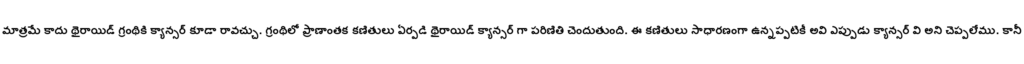
మాత్రమే కాదు థైరాయిడ్ గ్రంథికి క్యాన్సర్ కూడా రావచ్చు. గ్రంథిలో ప్రాణాంతక కణితులు ఏర్పడి థైరాయిడ్ క్యాన్సర్ గా పరిణితి చెందుతుంది. ఈ కణితులు సాధారణంగా ఉన్నప్పటికీ అవి ఎప్పుడు క్యాన్సర్ వి అని చెప్పలేము. కానీ